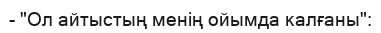
- "Ол айтыстың менің ойымда калғаны":